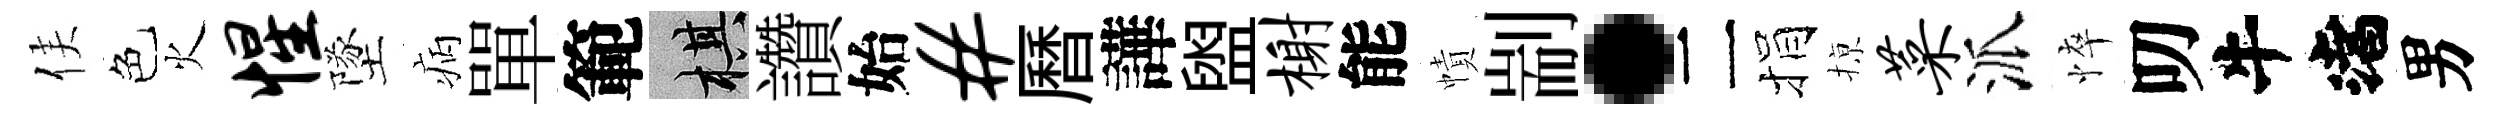
侯色火惺墜病單範棋讚始#曆譁盥榭能幘剬·二捐𢱊菜派悴叨渚男